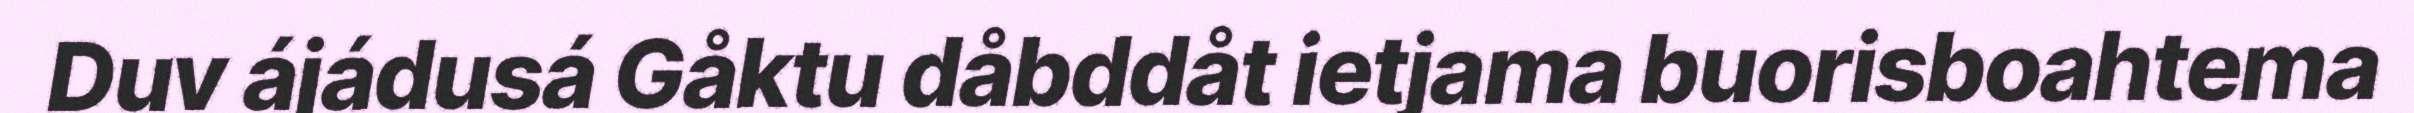
Duv ájádusá Gåktu dåbddåt ietjama buorisboahtema